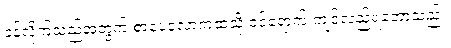
ခန့်လိုက်သည့်အတွက် စာပေလောကထဲသို့ ဝင်ရောက် ကျင်လည်ရတော့သည်။